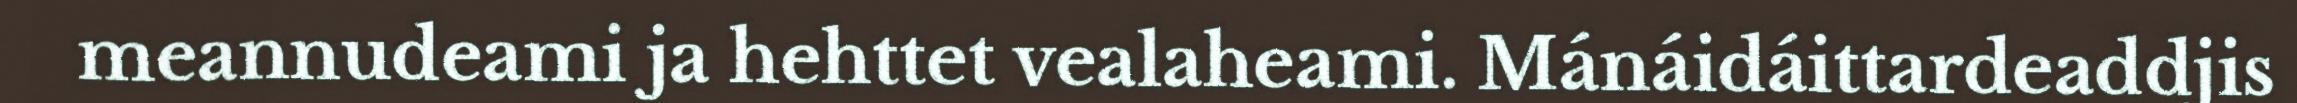
meannudeami ja hehttet vealaheami. Mánáidáittardeaddjis